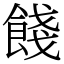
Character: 餞